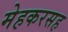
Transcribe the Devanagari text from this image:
मेहकरसह